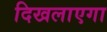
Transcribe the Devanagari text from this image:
दिखलाएगा